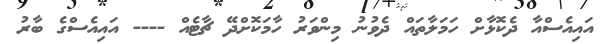
އައިއެސްއާ ދެކޮޅާށް ހަމަލާތައް ދެވުނު މިންވަރު ހާމަކޮށްދޭ ޗާޓެއް ---- އައިއެސްގެ ބާރު